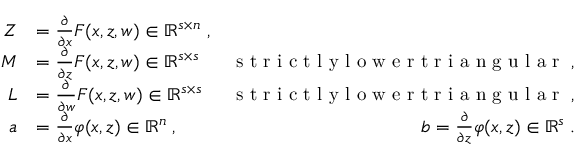
\begin{array} { r l r } { Z } & { = \frac { \partial } { \partial x } F ( x , z , w ) \in \mathbb { R } ^ { s \times n } \; , } \\ { M } & { = \frac { \partial } { \partial z } F ( x , z , w ) \in \mathbb { R } ^ { s \times s } } & { \textrm { s t r i c t l y l o w e r t r i a n g u l a r } \; , } \\ { L } & { = \frac { \partial } { \partial w } F ( x , z , w ) \in \mathbb { R } ^ { s \times s } } & { \textrm { s t r i c t l y l o w e r t r i a n g u l a r } \; , } \\ { a } & { = \frac { \partial } { \partial x } \varphi ( x , z ) \in \mathbb { R } ^ { n } \; , } & { b = \frac { \partial } { \partial z } \varphi ( x , z ) \in \mathbb { R } ^ { s } \; . } \end{array}